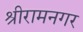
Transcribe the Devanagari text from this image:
श्रीरामनगर